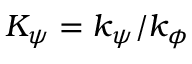
K _ { \psi } = k _ { \psi } / k _ { \phi }